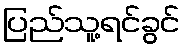
ပြည်သူ့ရင်ခွင်